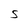
Character: S